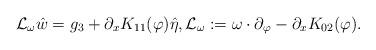
LaTeX: \begin{align*}\mathcal{L}_{\omega} \hat{w}=g_3+\partial_x K_{11}(\varphi) \hat{\eta}, \mathcal{L}_{\omega}:=\omega\cdot \partial_{\varphi}-\partial_x K_{02} (\varphi).\end{align*}